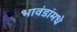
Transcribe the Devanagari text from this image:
भावंडांमधे